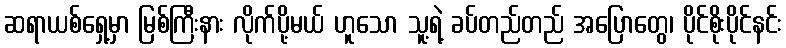
ဆရာယစ်ရှေ့မှာ မြစ်ကြီးနား လိုက်ပို့မယ် ဟူသော သူ့ရဲ့ ခပ်တည်တည် အပြောတွေ၊ ပိုင်စိုးပိုင်နင်း